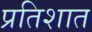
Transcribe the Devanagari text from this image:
प्रतिशात